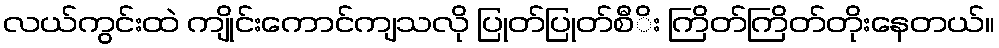
လယ်ကွင်းထဲ ကျိုင်းကောင်ကျသလို ပြုတ်ပြုတ်စီိး ကြိတ်ကြိတ်တိုးနေတယ်။